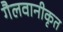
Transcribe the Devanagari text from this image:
गैलवानीकृत